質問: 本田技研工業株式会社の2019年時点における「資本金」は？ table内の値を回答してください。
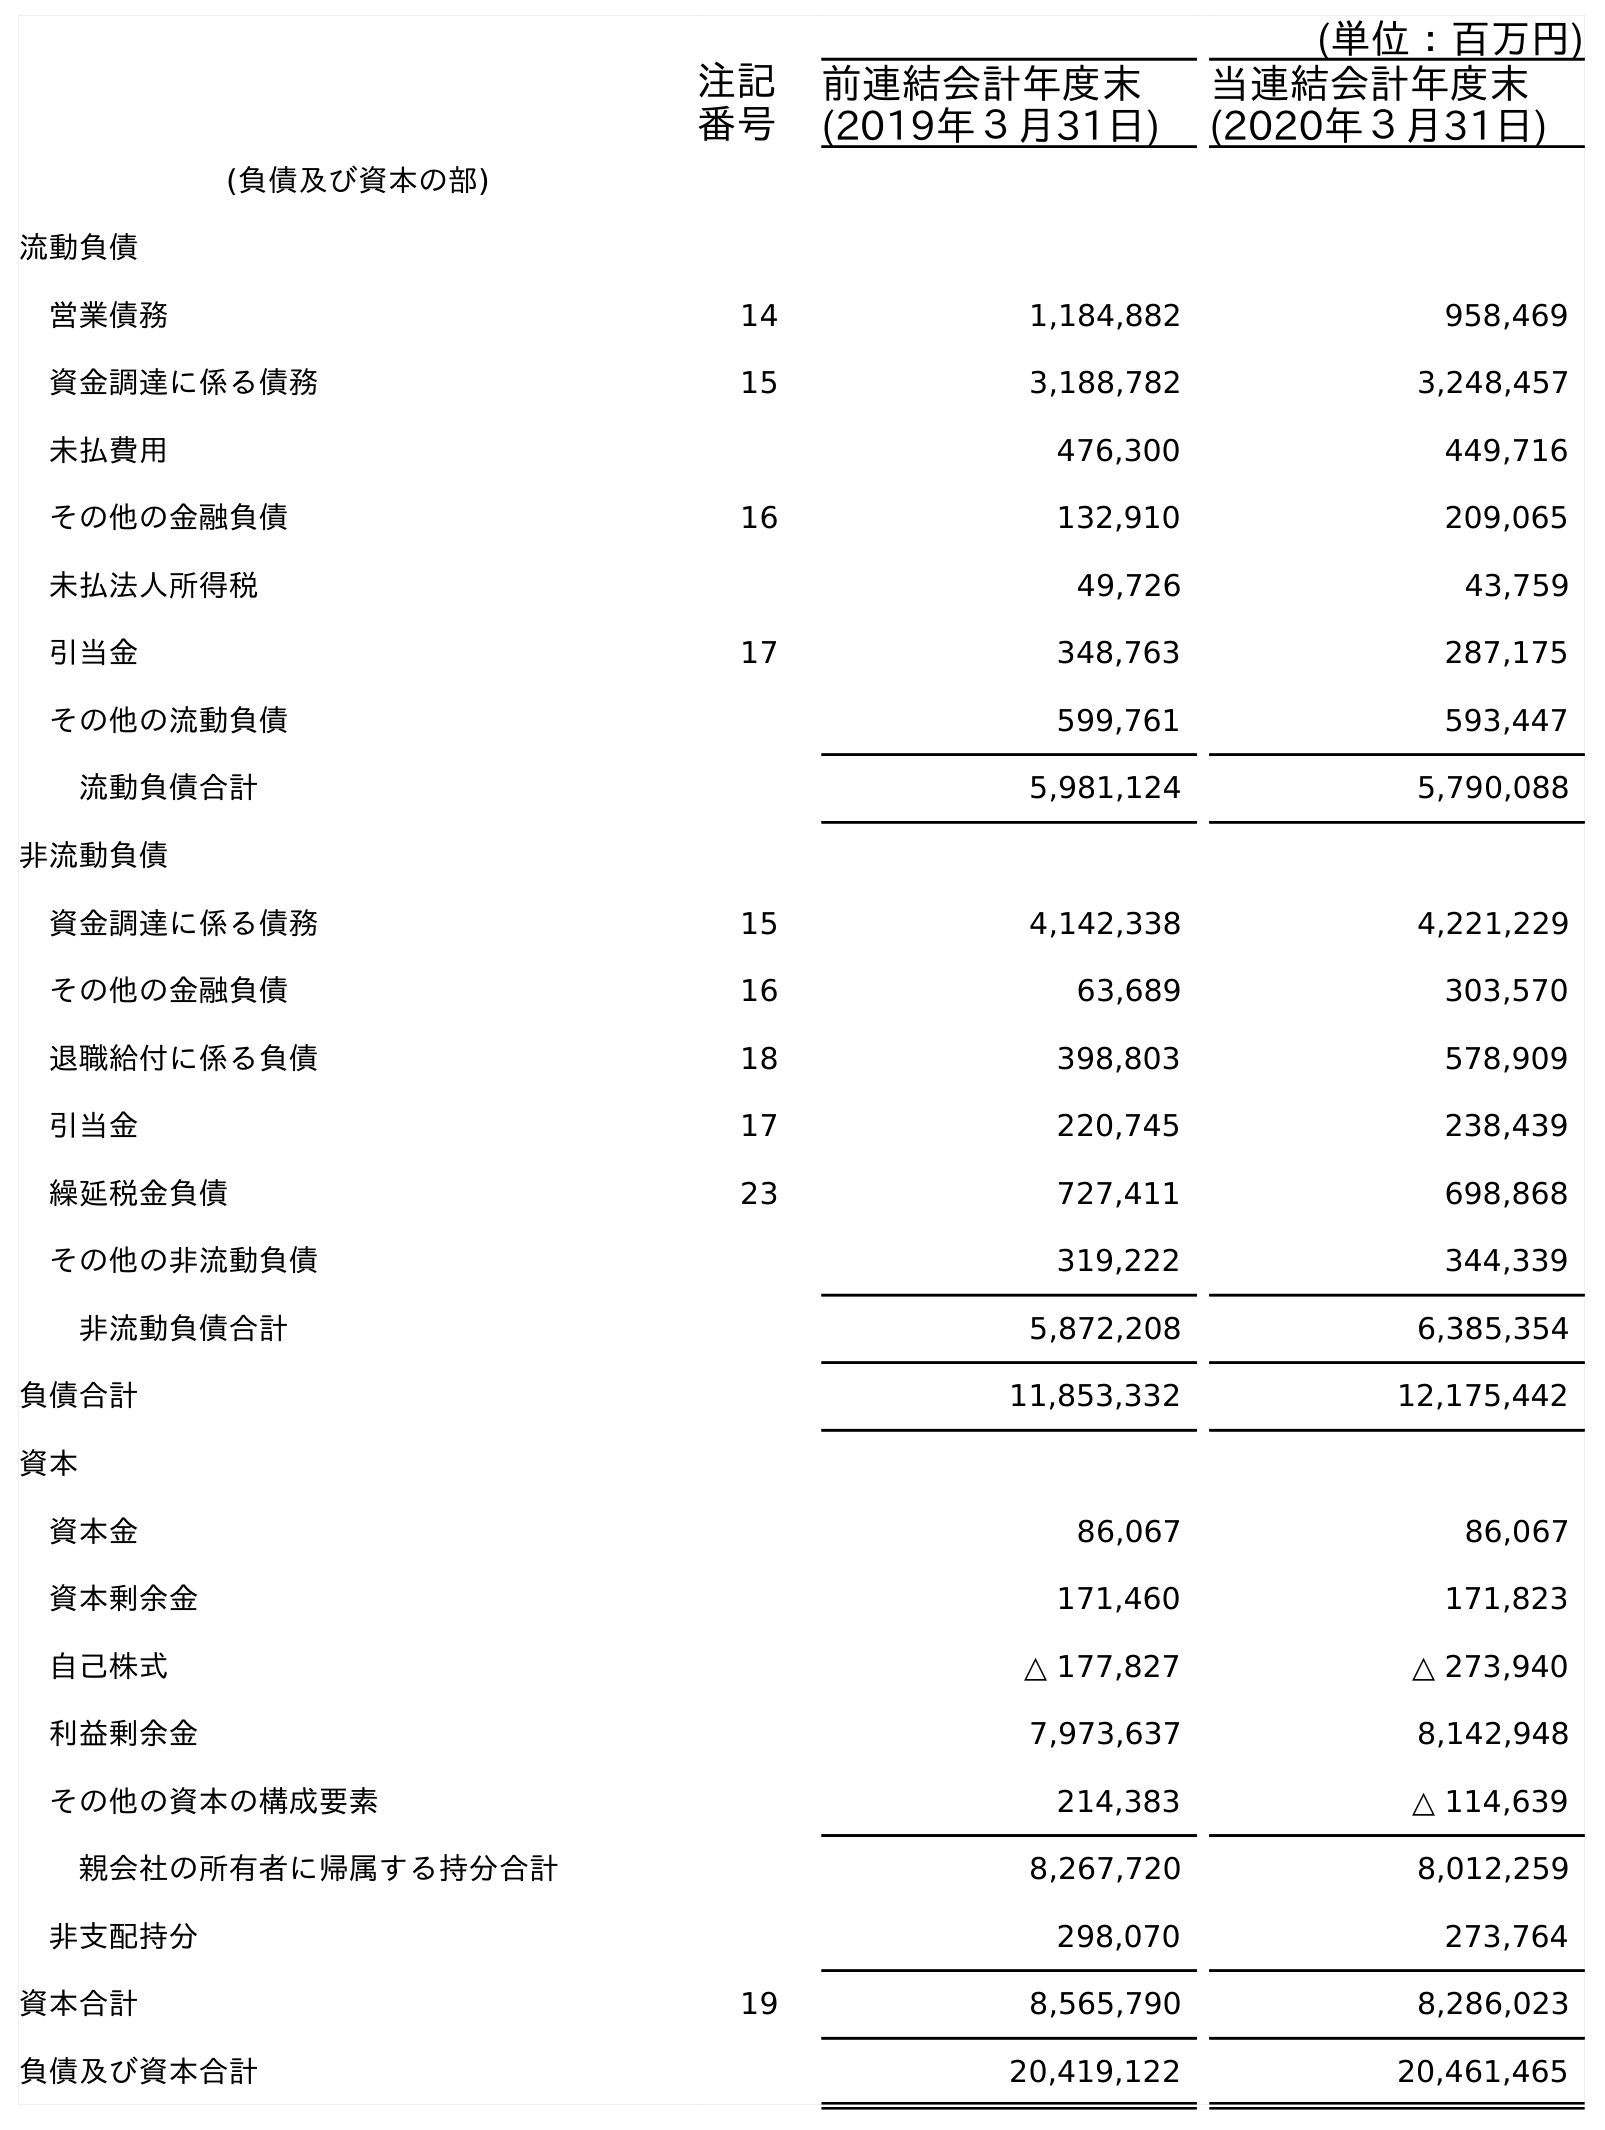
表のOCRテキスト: (単位：百万円) 注記 番号 前連結会計年度末 (2019年３月31日) 当連結会計年度末 (2020年３月31日) (負債及び資本の部) 流動負債 営業債務 14 1,184,882 958,469 資金調達に係る債務 15 3,188,782 3,248,457 未払費用 476,300 449,716 その他の金融負債 16 132,910 209,065 未払法人所得税 49,726 43,759 引当金 17 348,763 287,175 その他の流動負債 599,761 593,447 流動負債合計 5,981,124 5,790,088 非流動負債 資金調達に係る債務 15 4,142,338 4,221,229 その他の金融負債 16 63,689 303,570 退職給付に係る負債 18 398,803 578,909 引当金 17 220,745 238,439 繰延税金負債 23 727,411 698,868 その他の非流動負債 319,222 344,339 非流動負債合計 5,872,208 6,385,354 負債合計 11,853,332 12,175,442 資本 資本金 86,067 86,067 資本剰余金 171,460 171,823 自己株式 △ 177,827 △ 273,940 利益剰余金 7,973,637 8,142,948 その他の資本の構成要素 214,383 △ 114,639 親会社の所有者に帰属する持分合計 8,267,720 8,012,259 非支配持分 298,070 273,764 資本合計 19 8,565,790 8,286,023 負債及び資本合計 20,419,122 20,461,465
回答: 86,067